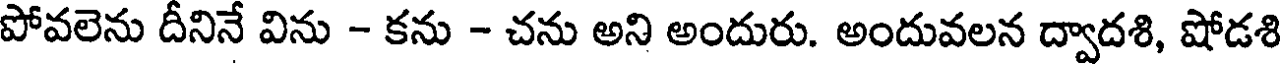
పోవలెను దీనినే విను - కను - చను అని అందురు. అందువలన ద్వాదశి, షోడశి